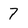
Character: 7